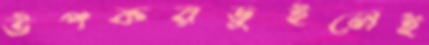
উপকরভুইলেই